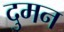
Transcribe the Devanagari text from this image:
दुमन